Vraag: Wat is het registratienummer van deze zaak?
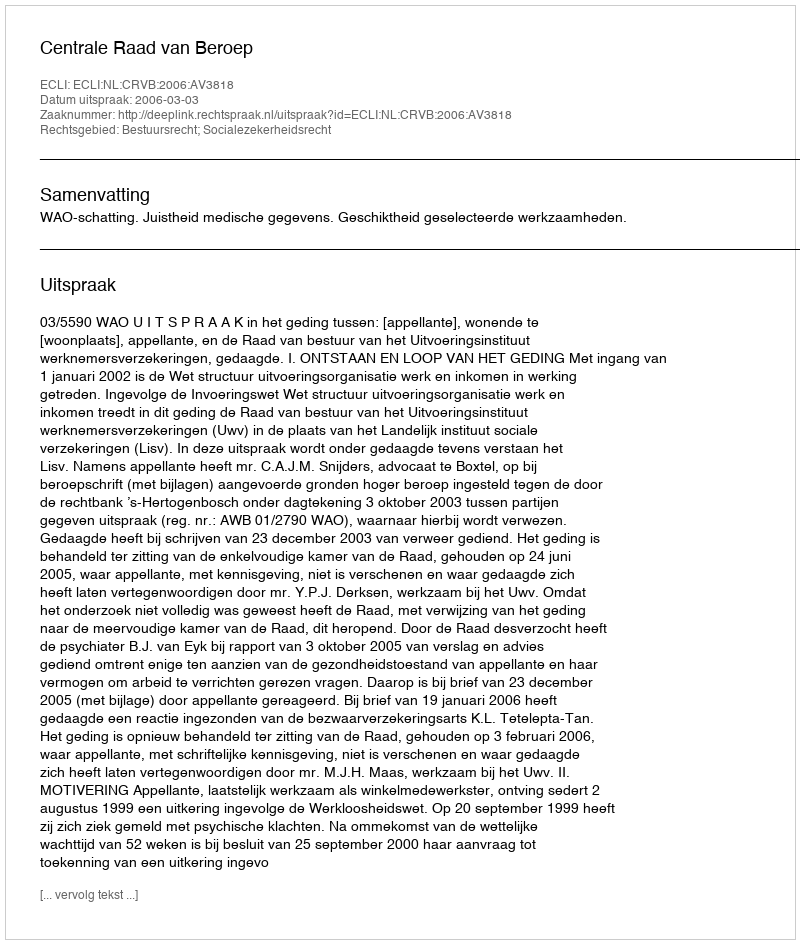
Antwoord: http://deeplink.rechtspraak.nl/uitspraak?id=ECLI:NL:CRVB:2006:AV3818